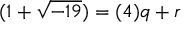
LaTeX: ( 1 + { \sqrt { - 1 9 } } ) = ( 4 ) q + r